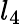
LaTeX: l_{4}